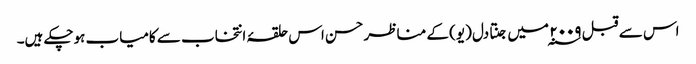
اس سے قبل ۲۰۰۹ ؁ میں جنتا دل (یو) کے مناظر حسن اس حلقۂ انتخاب سے کامیاب ہوچکے ہیں۔